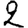
Digit: 2